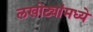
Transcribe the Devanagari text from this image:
लखोट्यांमध्ये